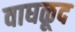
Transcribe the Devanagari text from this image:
वाघळूद